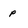
Character: p